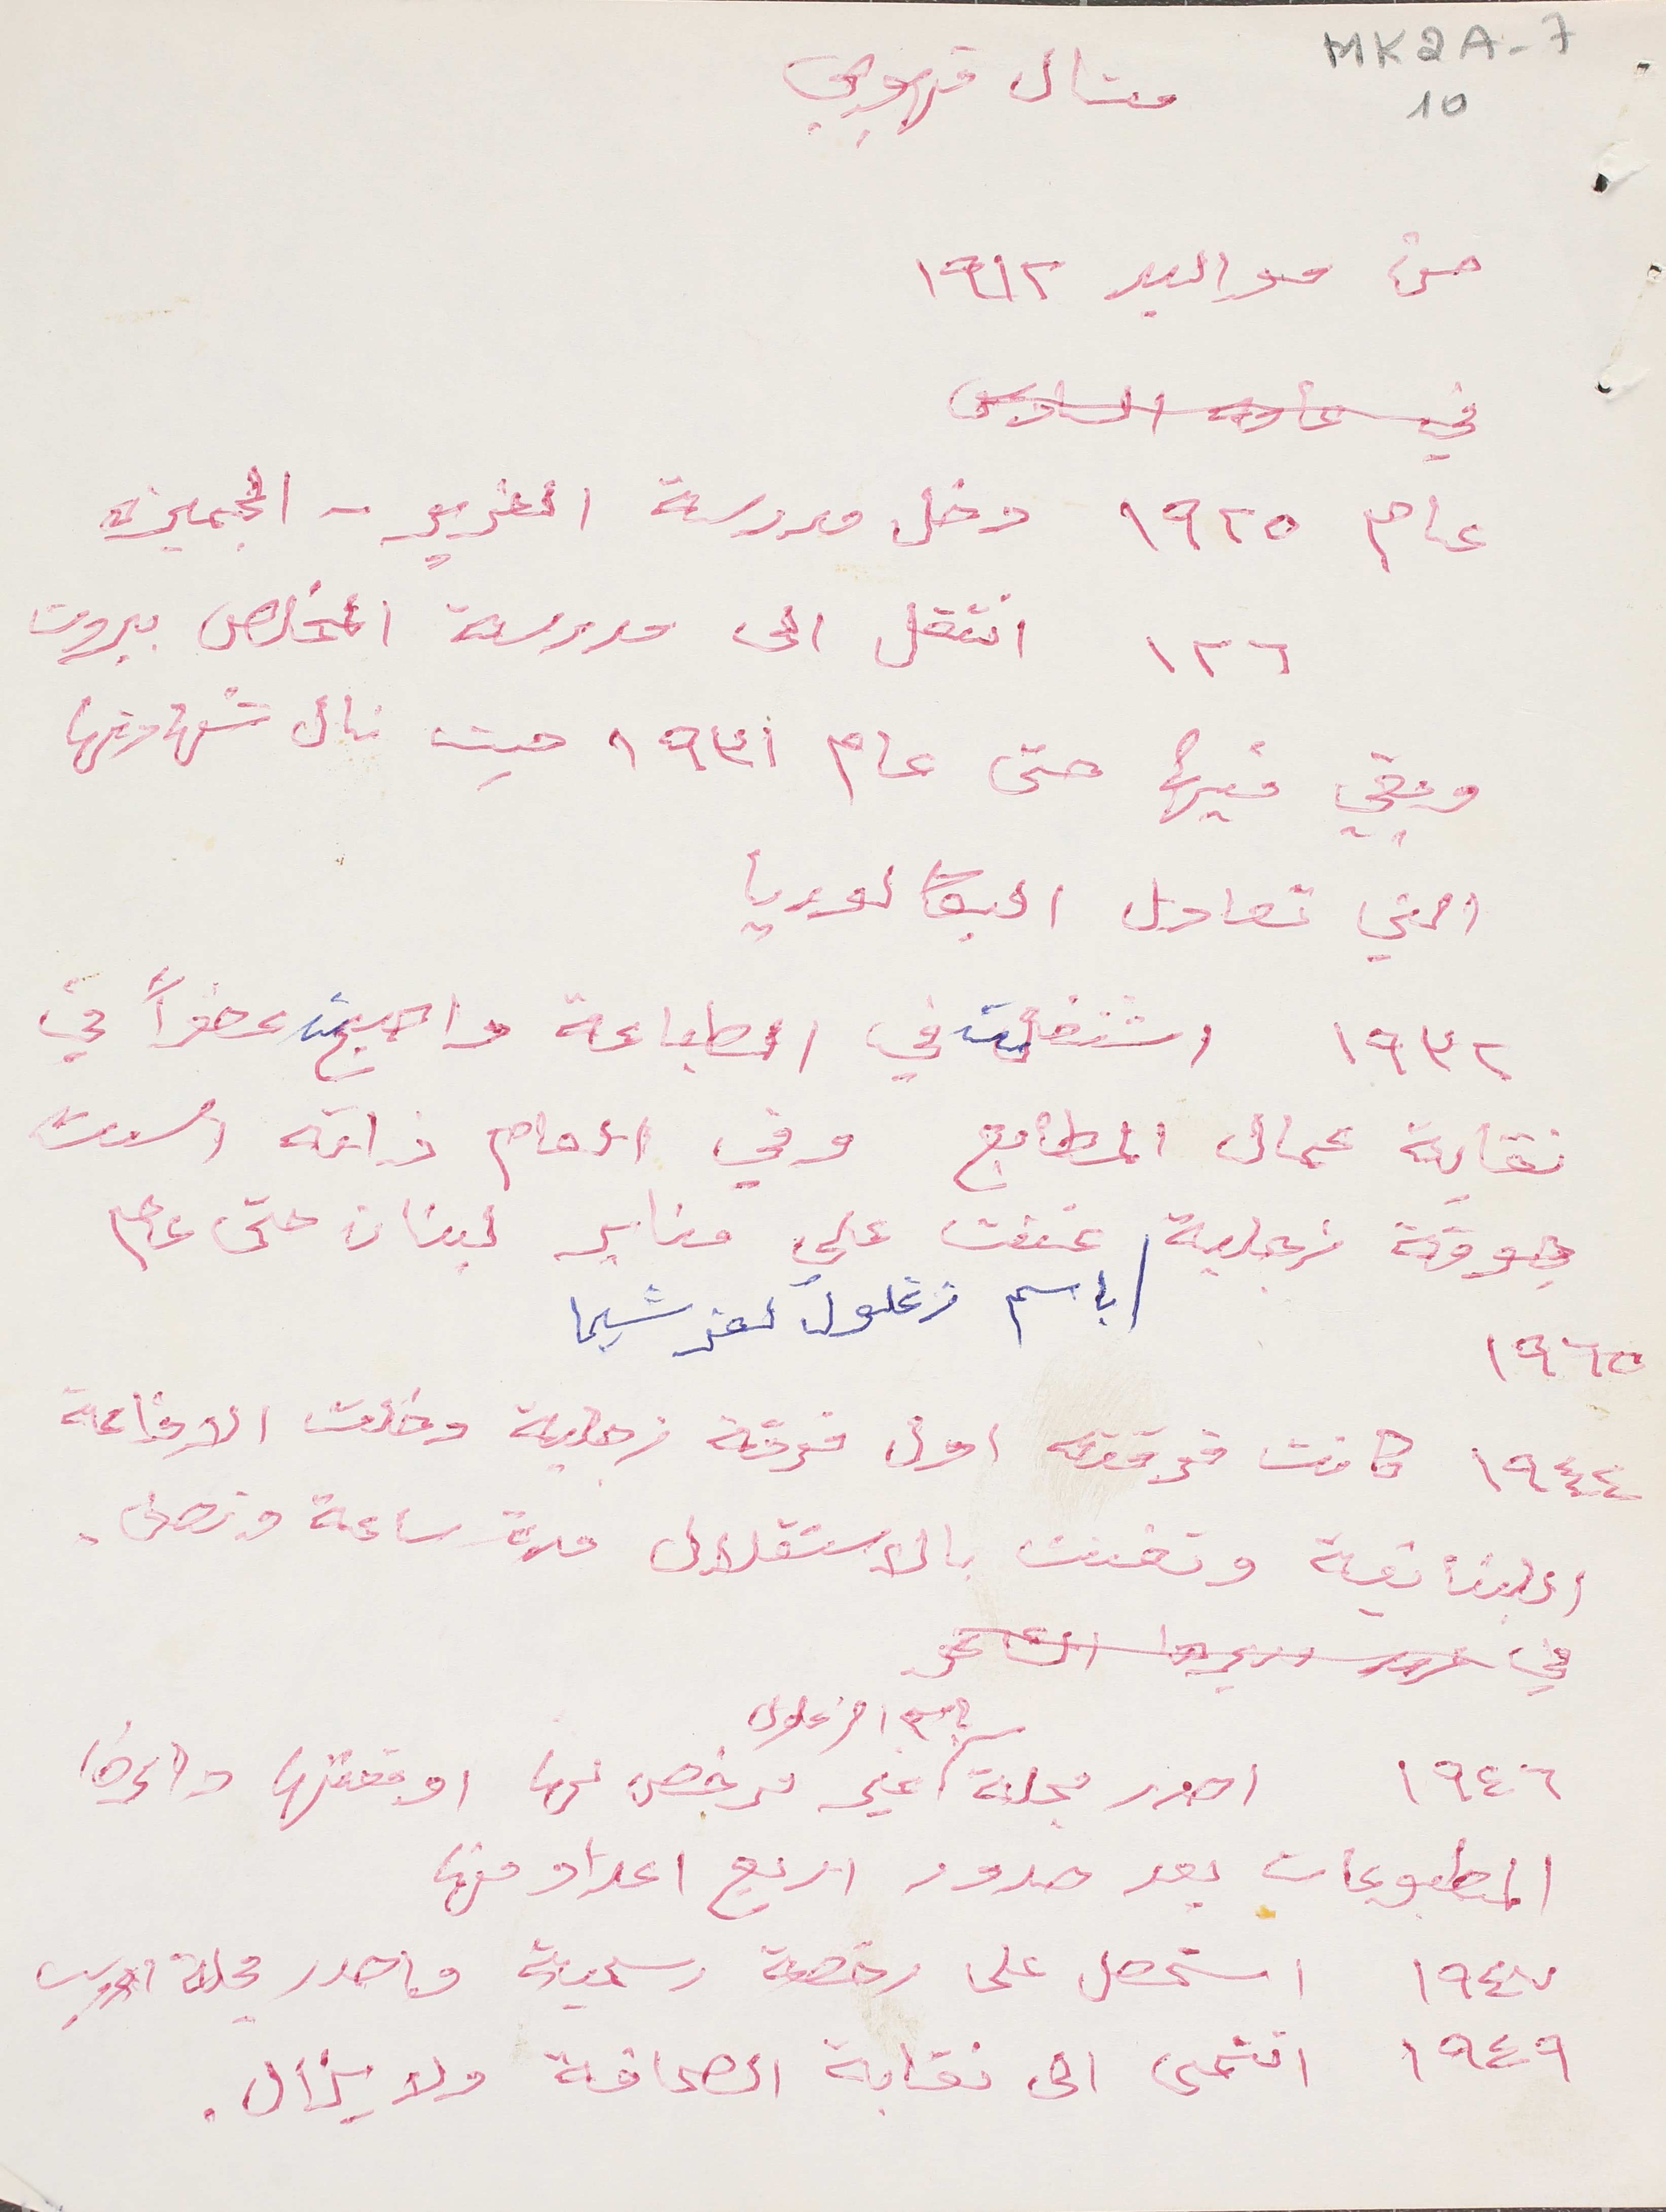
MK2A-7 10
ميشال قهوجي
من مواليد ١٩١٢
عام ١٩٢٥ دخل مدرسة الفرير - الجميزه
١٢٦ انتقل الى مدرسة المخلص بيروت
وبقي فيها حتى عام ١٩٣١ حيث نال شهادتها
التي تعادل البكالوريا
١٩٣٢ اشتغلت في الطباعة واصبحت عضواً في
نقابة عمال المطابع وفي العام ذاته اسست
جوقة زجلية باسم زغلول كفرشيما غنت على منابر لبنان حتى عام
١٩٦٥
١٩٤٤ كانت فرقته اول فرقة زجلية دخلت الاذاعة
اللبنانية وتغنت بالاستقلال مدة ساعة ونصف.
١٩٤٦ اصدر مجلة باسم الزغلول غير مرخص لها اوقفتها دائرة
المطبوعات بعد صدور اربع اعداد منها
١٩٤٧ استحصل على رخصة رسمية واصدر مجلة الاديب
١٩٤٩ انتمى الى نقابة الصحافة ولا يزال.
في عامه السادس